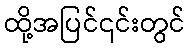
ထို့အပြင်၎င်းတွင်